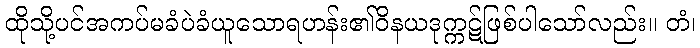
ထိုသို့ပင်အကပ်မခံပဲခံယူသောရဟန်း၏ဝိနယဒုက္ကဋ်ဖြစ်ပါသော်လည်း။ တံ၊